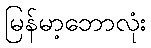
မြန်မာ့ဘောလုံး